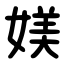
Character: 媄